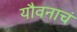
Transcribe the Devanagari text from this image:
यौवनाचं